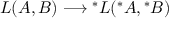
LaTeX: { \cal L } ( A , B ) \longrightarrow \mathrm { } ^ { * } { \cal L } ( \mathrm { } ^ { * } A , \mathrm { } ^ { * } B )